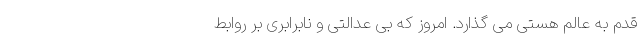
قدم به عالم هستی می گذارد. امروز که بی عدالتی و نابرابری بر روابط